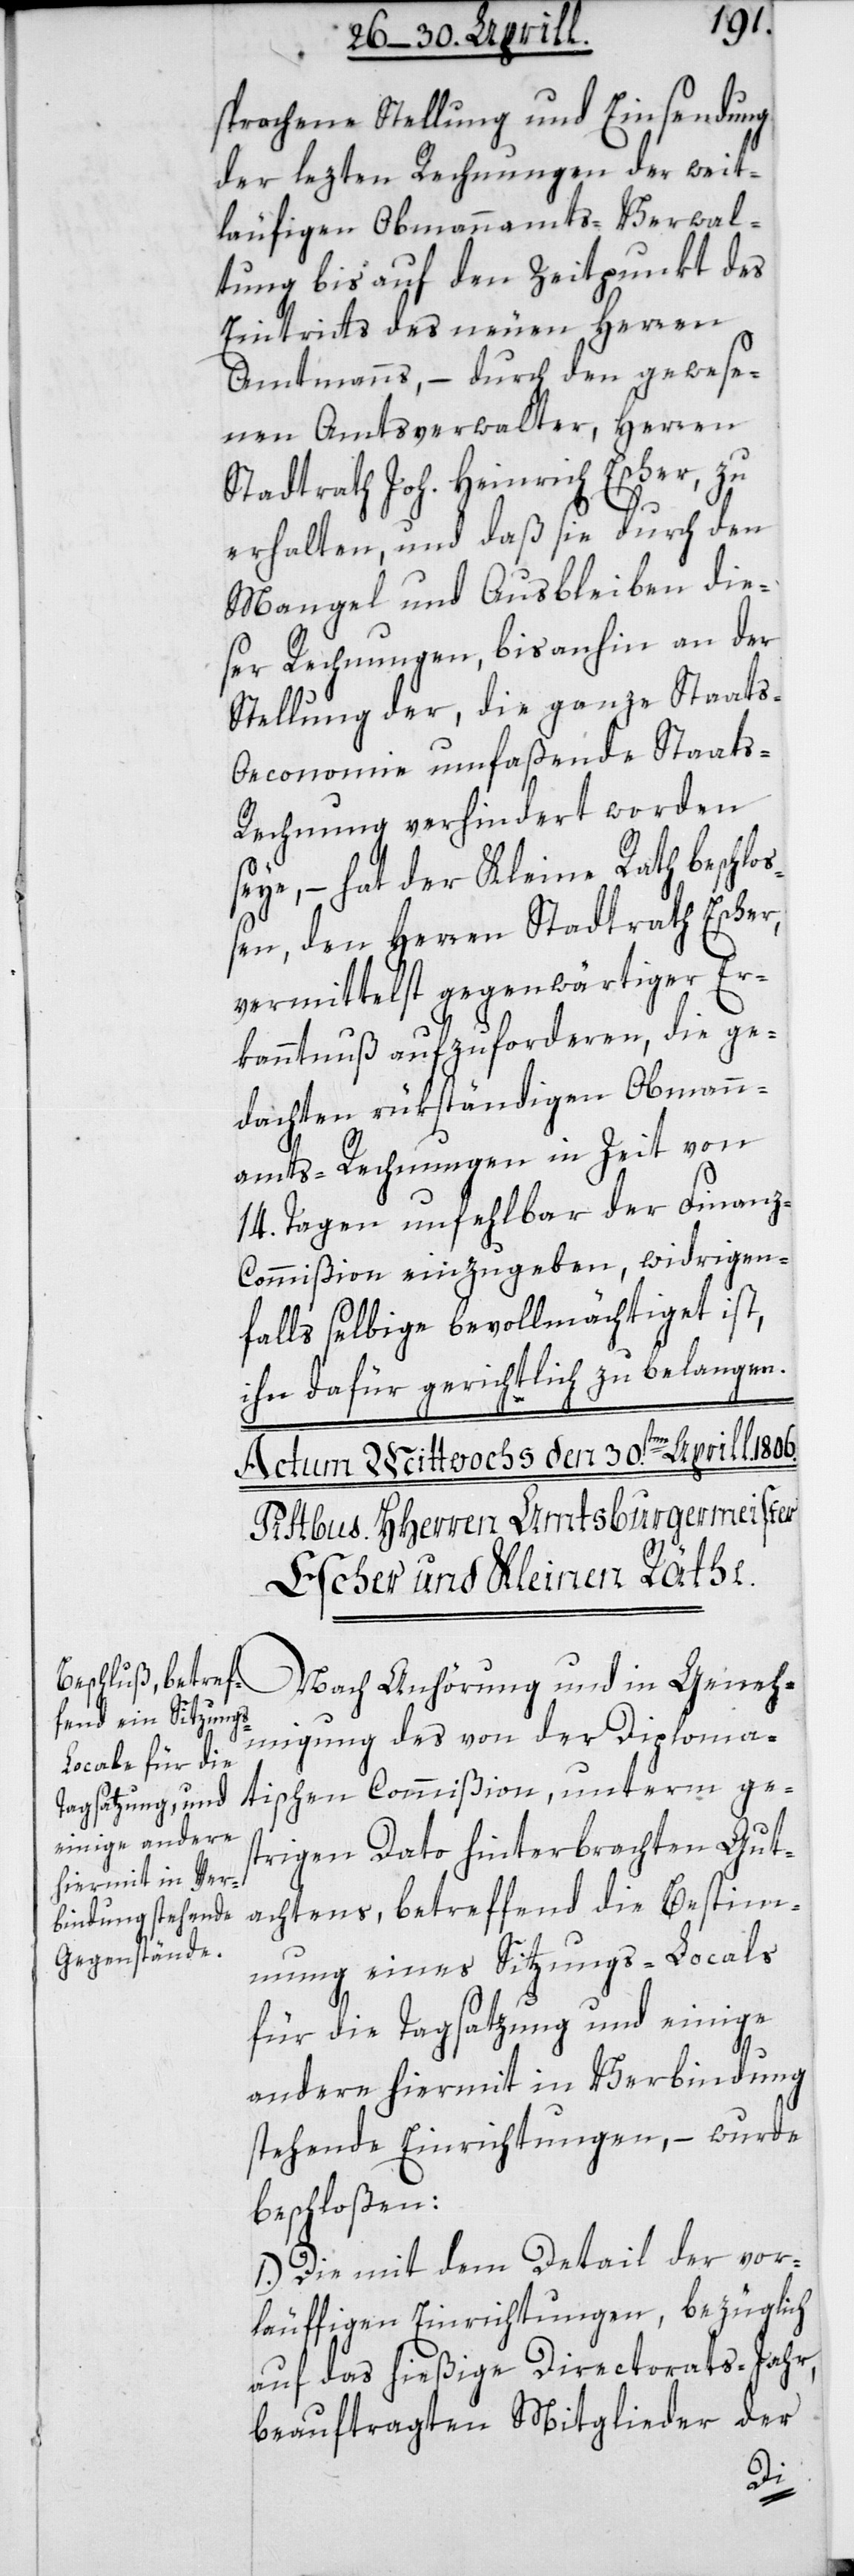
sprochene Stellung und Einsendung
der lezten Rechnungen der weit¬
läufigen Obmannamts-Verwal¬
tung bis auf den Zeitpunkt des
Eintritts des neuen Herren
Amtmanns, – durch den gewese¬
nen Amtsverwalter, Herren
Stadtrath Joh. Heinrich Escher, zu
erhalten, und daß sie durch den
Mangel und Ausbleiben die¬
ser Rechnungen bis anhin an der
Stellung der, die ganze Staats-O¬
economie umfaßende Staat¬
s-Rechnung verhindert worden
seye, – hat der Kleine Rath beschlo¬
ßen, den Herren Stadtrath Escher,
vermittelst gegenwärtiger Er¬
kanntnuß aufzuforderen, die ge¬
dachten rükständigen Obmann¬
amts-Rechnungen in Zeit von
14. Tagen unfehlbar der Finan¬
z-Commißion einzugeben, widrigen¬
falls selbige bevollmächtiget ist,
ihn dafür gerichtlich zu belangen.
Nach Anhörung und in Geneh¬
migung des von der Diploma¬
tischen Commißion, unterm ge¬
strigen Dato hinterbrachten Gut¬
achtens, betreffend die Bestimm¬
ung eines Sitzungs-Locals
für die Tagsatzung und einige
andere hiermit in Verbindung
stehende Einrichtungen, – wurde
beschloßen:
1.) Die mit dem Detail der vor¬
läuffigen Einrichtungen, bezüglich
auf das hießige Directorats-Jahr,
beauftragten Mitglieder der